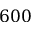
6 0 0